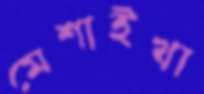
মেশাইখা